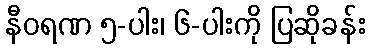
နီဝရဏ ၅-ပါး၊ ၆-ပါးကို ပြဆိုခန်း